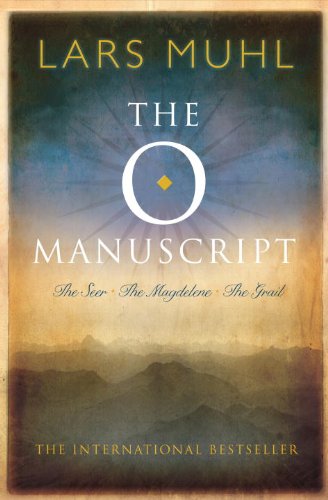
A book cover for The O Manuscript: The Seer, The Magdalene, The Grail; Lars Muhl; Religion & Spirituality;